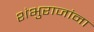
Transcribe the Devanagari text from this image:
शंभुराजांना